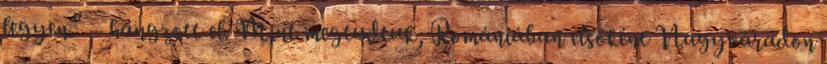
legyen” – hangzott el. Mint megtudtuk, Romániában elsőként Nagyváradon